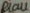
Text: Blau